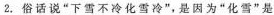
2.俗话说”下雪不冷化雪冷”，是因为”化雪”是